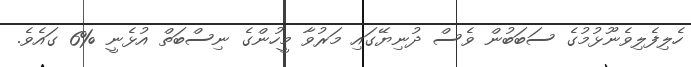
ހެލިފެލިވެނޫޅުމުގެ ސަބަބުން ވެސް ދުނިޔޭގައި މަރުވާ މީހުންގެ ނިސްބަތް އުޅެނީ %6 ގައެވެ.